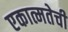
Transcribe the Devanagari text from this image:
एकात्मतेची